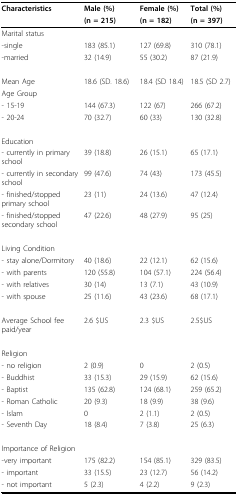
<table><thead><tr><td><b>Characteristics</b></td><td><b>Male (%)</b></td><td><b>Female (%)</b></td><td><b>Total (%)</b></td></tr><tr><td></td><td><b>(n = 215)</b></td><td><b>(n = 182)</b></td><td><b>(n = 397)</b></td></tr></thead><tbody><tr><td>Marital status</td><td></td><td></td><td></td></tr><tr><td>-single</td><td>183 (85.1)</td><td>127 (69.8)</td><td>310 (78.1)</td></tr><tr><td>-married</td><td>32 (14.9)</td><td>55 (30.2)</td><td>87 (21.9)</td></tr><tr><td>Mean Age</td><td>18.6 (SD. 18.6)</td><td>18.4 (SD 18.4)</td><td>18.5 (SD 2.7)</td></tr><tr><td>Age Group</td><td></td><td></td><td></td></tr><tr><td>- 15-19</td><td>144 (67.3)</td><td>122 (67)</td><td>266 (67.2)</td></tr><tr><td>- 20-24</td><td>70 (32.7)</td><td>60 (33)</td><td>130 (32.8)</td></tr><tr><td>Education</td><td></td><td></td><td></td></tr><tr><td>- currently in primary school</td><td>39 (18.8)</td><td>26 (15.1)</td><td>65 (17.1)</td></tr><tr><td>- currently in secondary school</td><td>99 (47.6)</td><td>74 (43)</td><td>173 (45.5)</td></tr><tr><td>- finished/stopped primary school</td><td>23 (11)</td><td>24 (13.6)</td><td>47 (12.4)</td></tr><tr><td>- finished/stopped secondary school</td><td>47 (22.6)</td><td>48 (27.9)</td><td>95 (25)</td></tr><tr><td>Living Condition</td><td></td><td></td><td></td></tr><tr><td>- stay alone/Dormitory</td><td>40 (18.6)</td><td>22 (12.1)</td><td>62 (15.6)</td></tr><tr><td>- with parents</td><td>120 (55.8)</td><td>104 (57.1)</td><td>224 (56.4)</td></tr><tr><td>- with relatives</td><td>30 (14)</td><td>13 (7.1)</td><td>43 (10.9)</td></tr><tr><td>- with spouse</td><td>25 (11.6)</td><td>43 (23.6)</td><td>68 (17.1)</td></tr><tr><td>Average School fee paid/year</td><td>2.6 $US</td><td>2.3 $US</td><td>2.5$US</td></tr><tr><td>Religion</td><td></td><td></td><td></td></tr><tr><td>- no religion</td><td>2 (0.9)</td><td>0</td><td>2 (0.5)</td></tr><tr><td>- Buddhist</td><td>33 (15.3)</td><td>29 (15.9)</td><td>62 (15.6)</td></tr><tr><td>- Baptist</td><td>135 (62.8)</td><td>124 (68.1)</td><td>259 (65.2)</td></tr><tr><td>- Roman Catholic</td><td>20 (9.3)</td><td>18 (9.9)</td><td>38 (9.6)</td></tr><tr><td>- Islam</td><td>0</td><td>2 (1.1)</td><td>2 (0.5)</td></tr><tr><td>- Seventh Day</td><td>18 (8.4)</td><td>7 (3.8)</td><td>25 (6.3)</td></tr><tr><td>Importance of Religion</td><td></td><td></td><td></td></tr><tr><td>-very important</td><td>175 (82.2)</td><td>154 (85.1)</td><td>329 (83.5)</td></tr><tr><td>- important</td><td>33 (15.5)</td><td>23 (12.7)</td><td>56 (14.2)</td></tr><tr><td>- not important</td><td>5 (2.3)</td><td>4 (2.2)</td><td>9 (2.3)</td></tr></tbody></table>